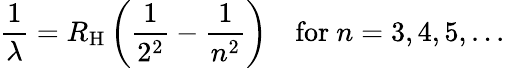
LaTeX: {\frac{1}{\lambda}}=R_{\mathrm{H}}\left({\frac{1}{2^{2}}}-{\frac{1}{n^{2}}}\right)\quad{\mathrm{for}}\ n=3,4,5,...